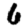
Digit: 6